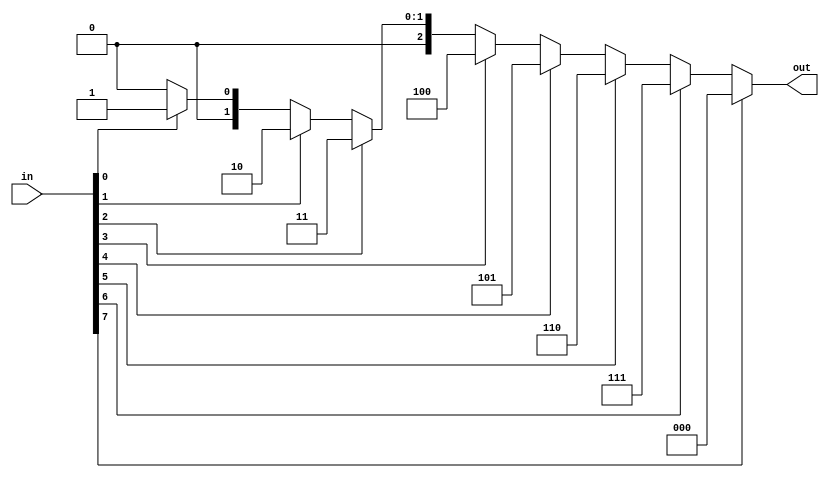
module coder_8_to_3
(
    input wire [7:0] in,
    output wire [2:0] out
);

assign out = in[7] ? 8 : in[6] ? 7 : in[5] ? 6 : in[4] ? 5 : in[3] ? 4 : in[2] ? 3 : in[1] ? 2 : in[0] ? 1 : 0;

endmodule